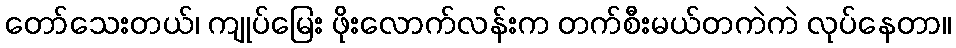
တော်သေးတယ်၊ ကျုပ်မြေး ဖိုးလောက်လန်းက တက်စီးမယ်တကဲကဲ လုပ်နေတာ။